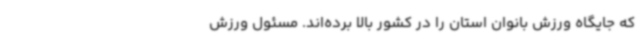
که جایگاه ورزش بانوان استان را در کشور بالا برده‌اند. مسئول ورزش